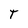
Character: T